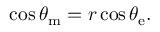
\cos \theta _ { \mathrm { { m } } } = r \cos \theta _ { \mathrm { { e } } } .